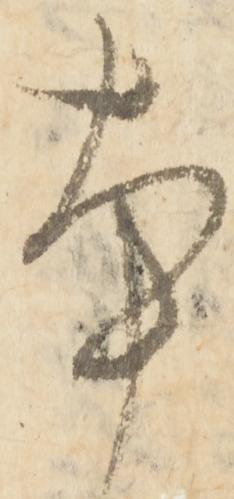
本